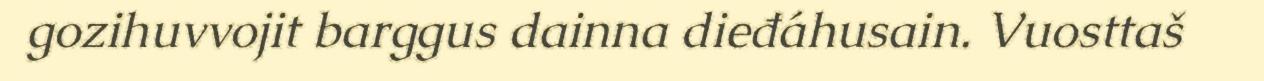
gozihuvvojit barggus dainna dieđáhusain. Vuosttaš